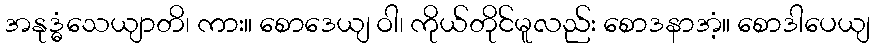
အနုဒ္ဓံသေယျာတိ၊ ကား။ စောဒေယျ ဝါ၊ ကိုယ်တိုင်မူလည်း စောဒနာအံ့။ စောဒါပေယျ